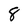
Character: 8